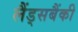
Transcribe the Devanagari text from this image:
लैंड्सबैंकी